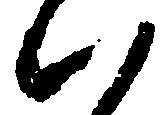
ハ